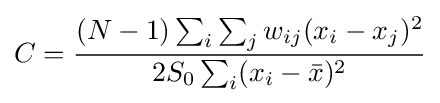
C={\frac {(N-1)\sum _{i}\sum _{j}w_{ij}(x_{i}-x_{j})^{2}}{2S_{0}\sum _{i}(x_{i}-{\bar {x}})^{2}}}